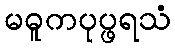
မဓူကပုပ္ဖရသံ